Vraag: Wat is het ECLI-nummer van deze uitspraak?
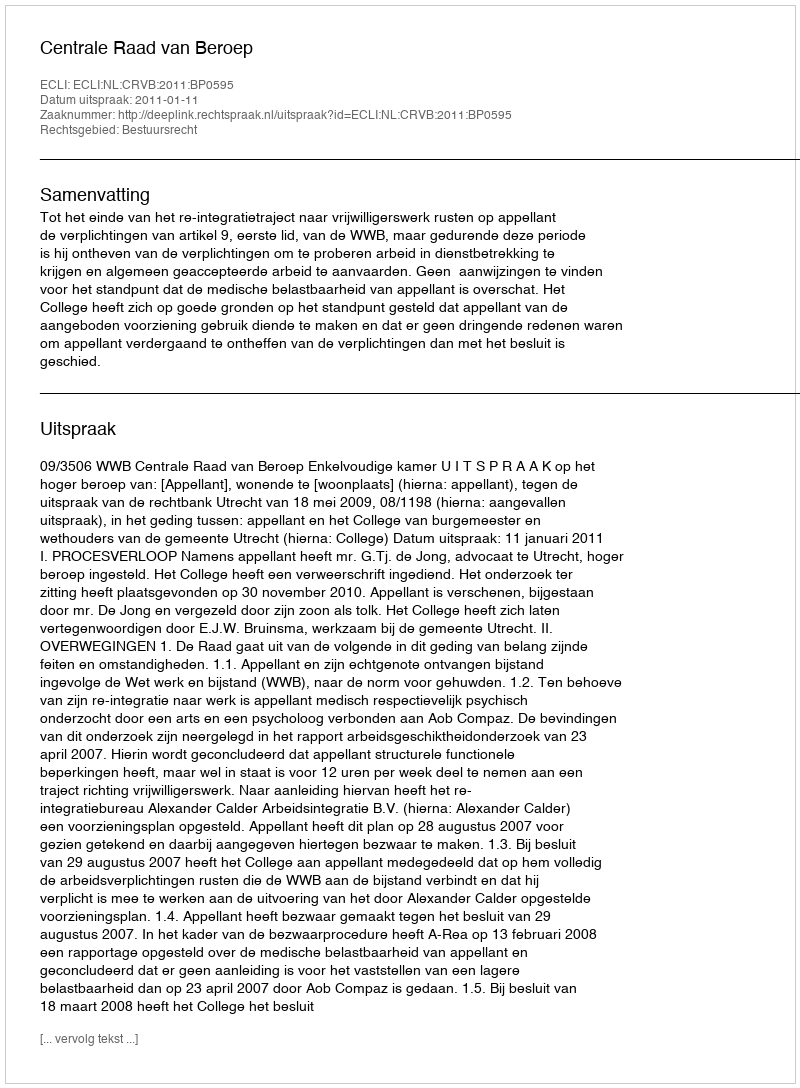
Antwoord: ECLI:NL:CRVB:2011:BP0595